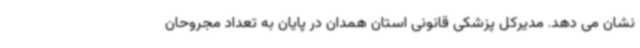
نشان می دهد. مدیرکل پزشکی قانونی استان همدان در پایان به تعداد مجروحان